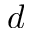
d